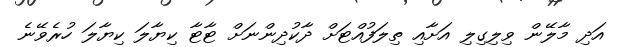
އަދި މާލޭން ވިލިގިލި އަށާއި ތިލަފުއްޓަށް ދާކުދިންނަށް ޓާޓާ ކިޔާލަ ކިޔާލަ ހުރެވޭނެ